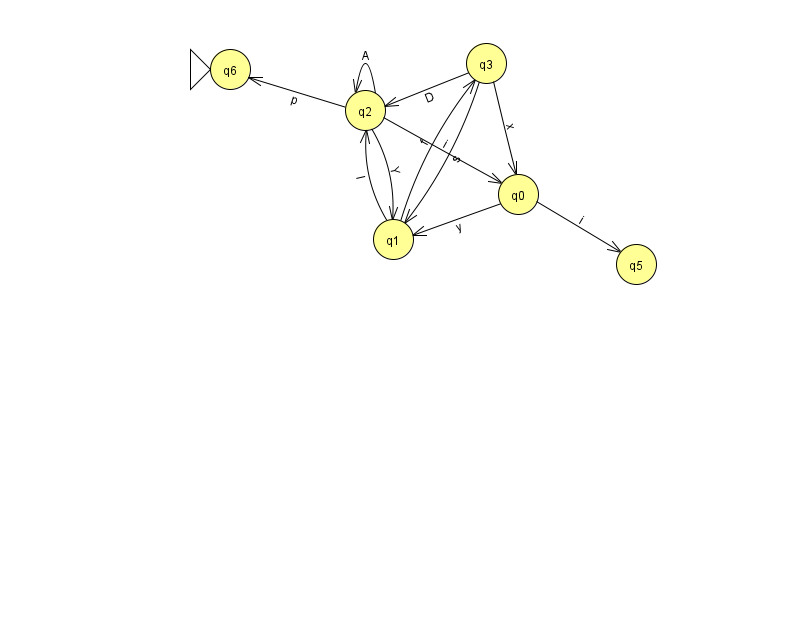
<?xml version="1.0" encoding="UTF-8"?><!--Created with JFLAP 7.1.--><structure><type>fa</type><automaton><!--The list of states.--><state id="0" name="q0"><x>518.0</x><y>181.0</y></state><state id="1" name="q1"><x>393.0</x><y>226.0</y></state><state id="2" name="q2"><x>365.0</x><y>97.0</y></state><state id="3" name="q3"><x>486.0</x><y>50.0</y></state><state id="5" name="q5"><x>636.0</x><y>251.0</y></state><state id="6" name="q6"><x>230.0</x><y>56.0</y><initial/></state><!--The list of transitions.--><transition><from>1</from><to>3</to><read>f</read></transition><transition><from>3</from><to>0</to><read>x</read></transition><transition><from>2</from><to>2</to><read>A</read></transition><transition><from>3</from><to>2</to><read>D</read></transition><transition><from>3</from><to>1</to><read>s</read></transition><transition><from>0</from><to>1</to><read>y</read></transition><transition><from>2</from><to>0</to><read>i</read></transition><transition><from>2</from><to>1</to><read>Y</read></transition><transition><from>0</from><to>5</to><read>i</read></transition><transition><from>1</from><to>2</to><read>l</read></transition><transition><from>2</from><to>6</to><read>p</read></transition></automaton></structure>